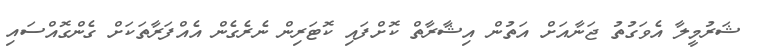
ޝަރުމީލާ އެވަގުތު ޖަނާއަށް އަތުން އިޝާރާތް ކޮށްފައި ކޮޓަރިން ނެރެގެން އެއްފަރާތަކަށް ގެންގޮއްސައި